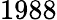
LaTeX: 1988